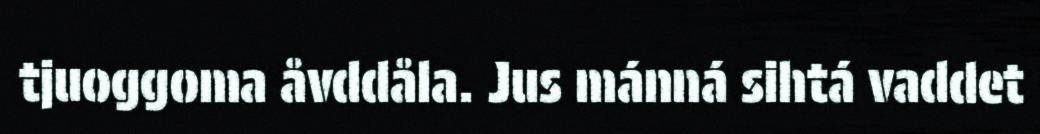
tjuoggoma åvddåla. Jus mánná sihtá vaddet